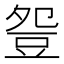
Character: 𧯡